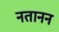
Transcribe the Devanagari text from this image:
नतानन